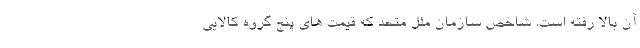
آن بالا رفته است. شاخص سازمان ملل متحد که قیمت های پنج گروه کالایی